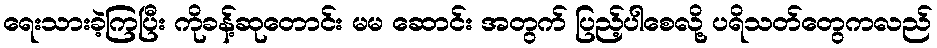
ရေးသားခဲ့ကြပြီး ကိုခန့်ဆုတောင်း မမ ဆောင်း အတွက် ပြည့်ပါစေလို့ ပရိသတ်တွေကလည်